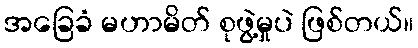
အခြေခံ မဟာမိတ် စုဖွဲ့မှုပဲ ဖြစ်တယ်။